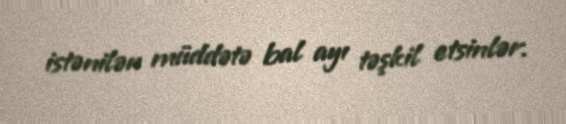
istənilən müddətə bal ayı təşkil etsinlər.